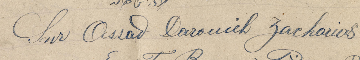
Cher Assad Darouich Zacharias